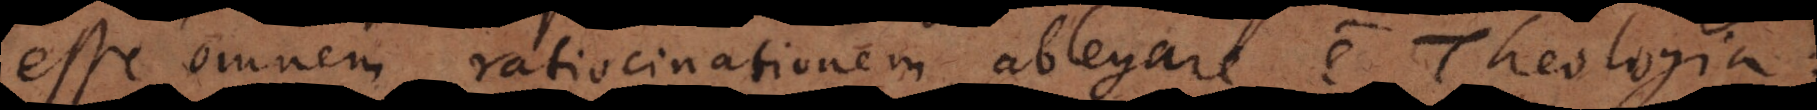
esse omnem ratiocinationem ablegare e Theologia: